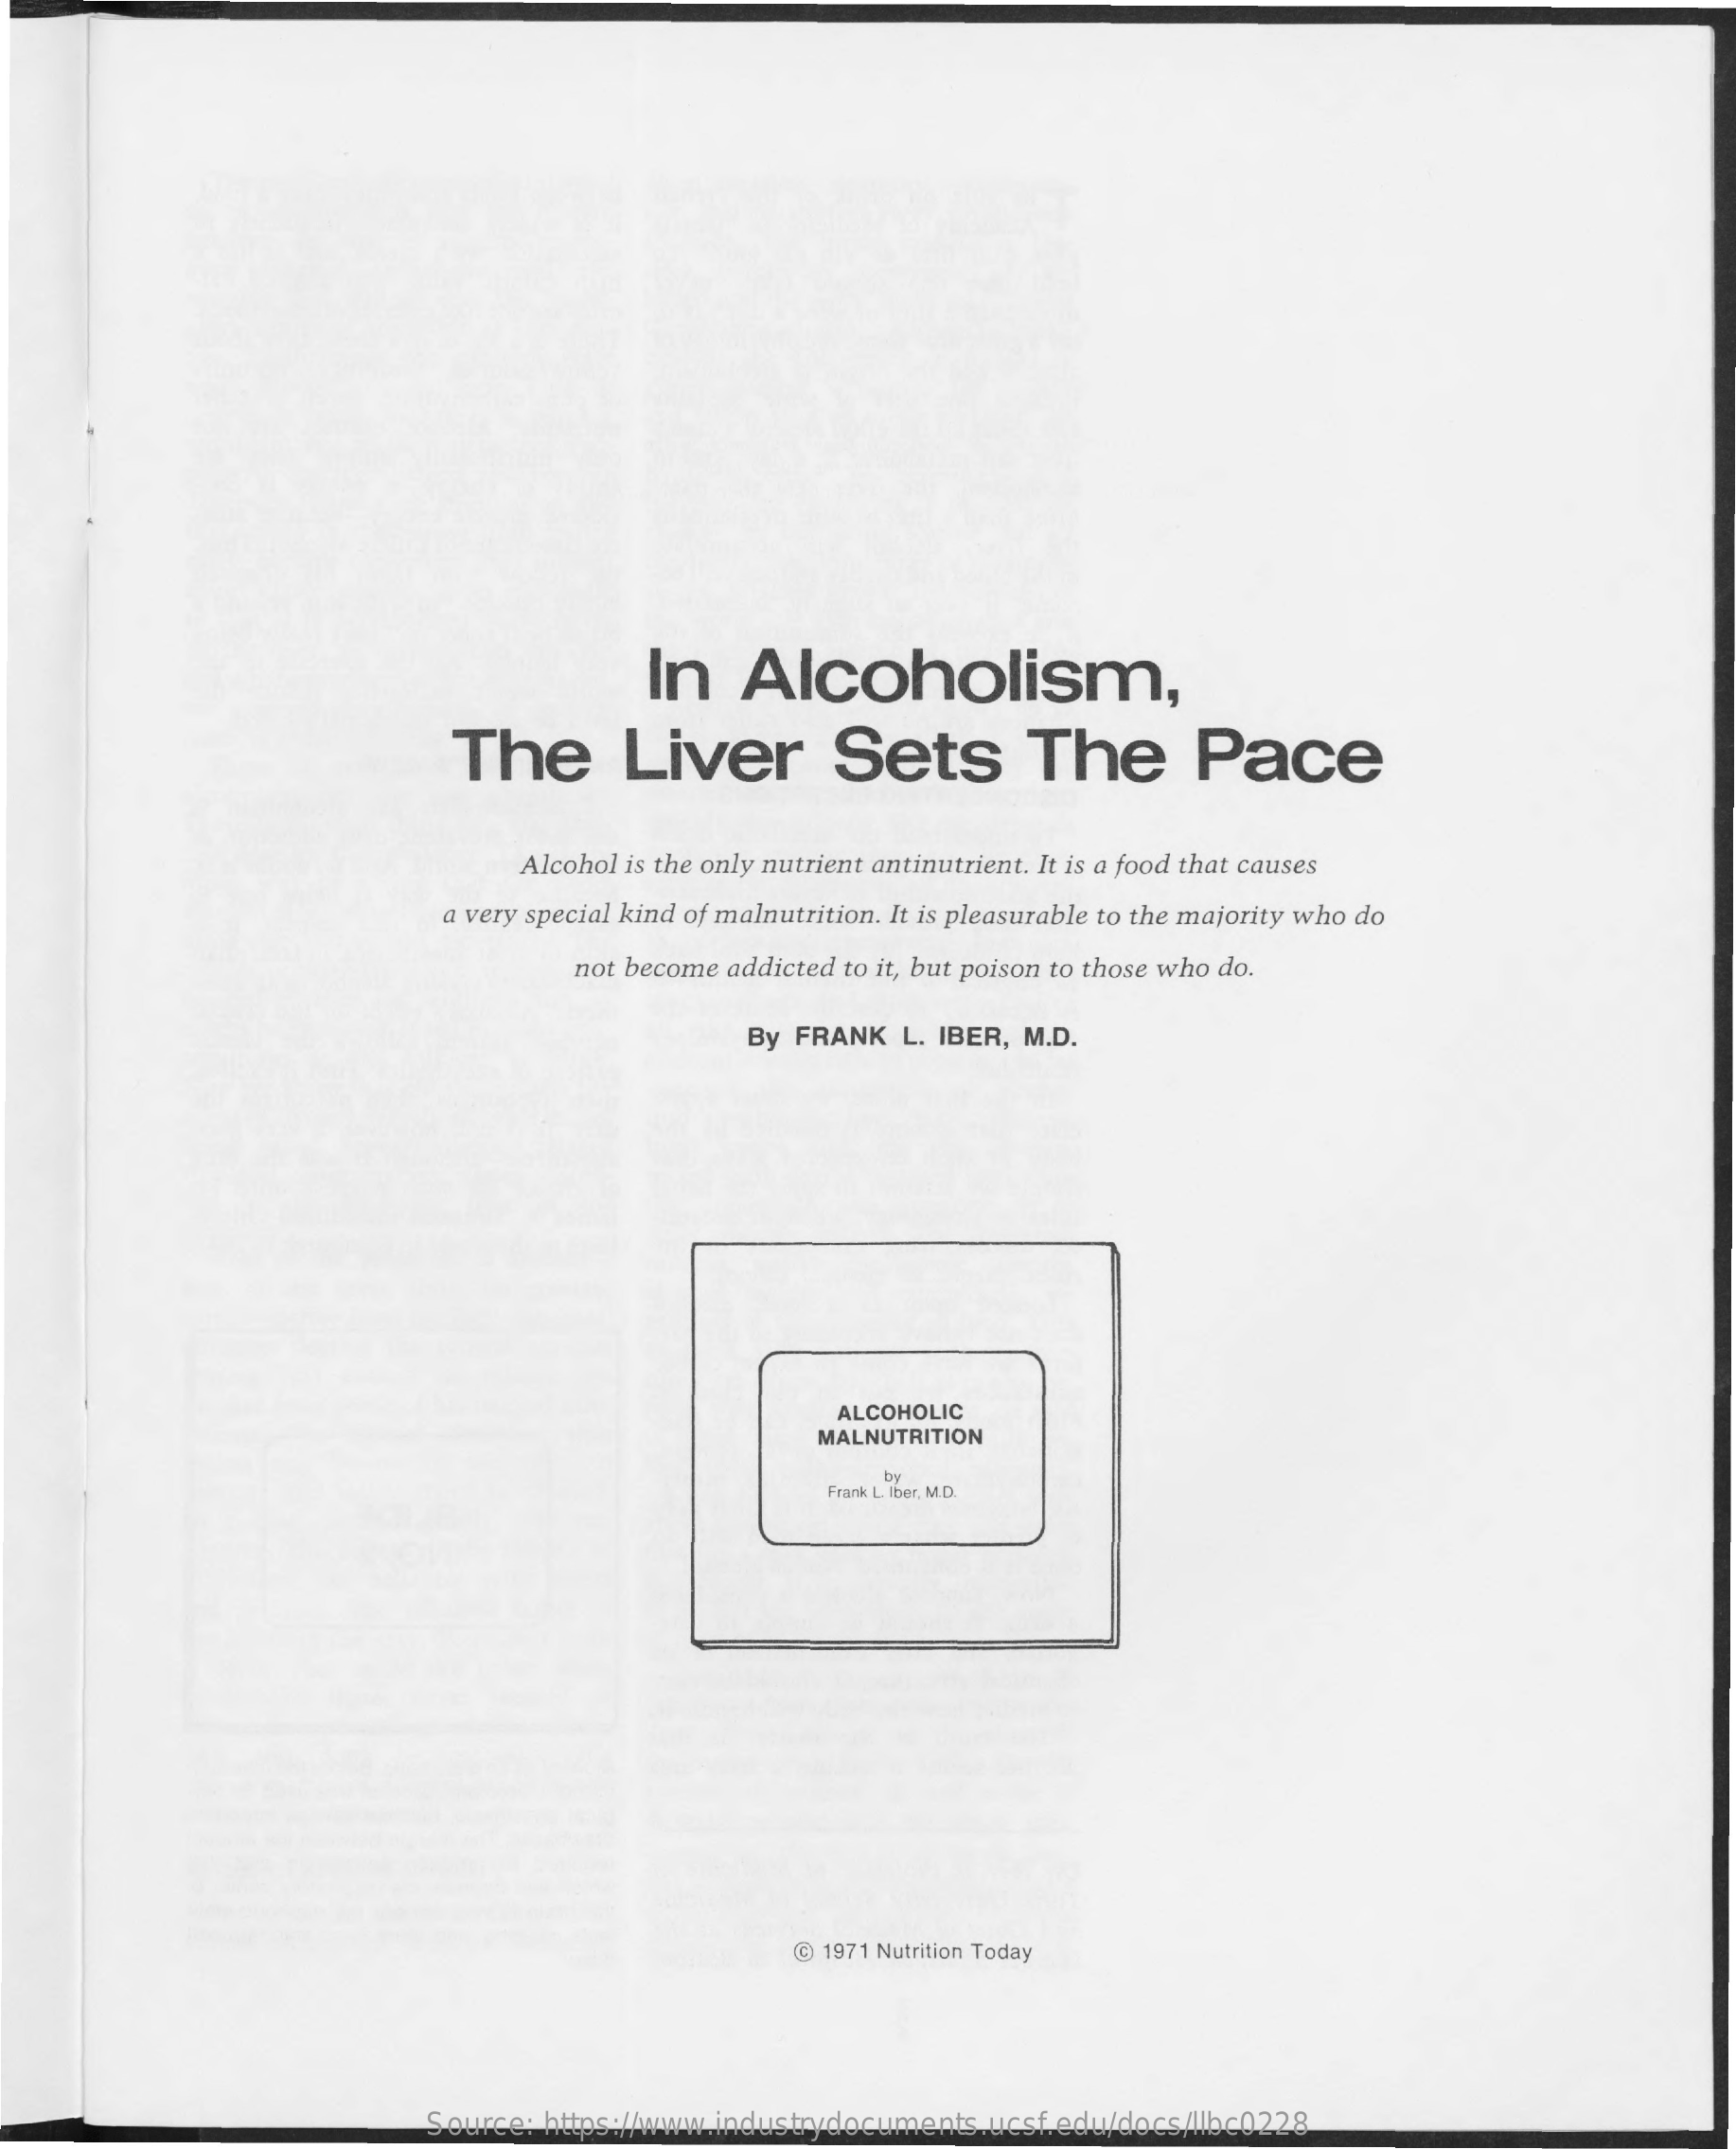
In    Alcoholism,
     The    Liver    Sets    The    Pace
     Alcohol is the only nutrient antinutrient. It is a food that causes
     a very special kind of malnutrition. It is pleasurable to the majority who do
     not become addicted to it, but poison to those who do.
     By FRANK  L. IBER, M.D.
     ALCOHOLIC
     MALNUTRITION
     Frank L. Iber, M.D.
     by
     @ 1971 Nutrition Today
     Source: https://www.industrydocuments.ucsf.edu/docs/llbc0228